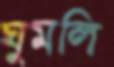
ঘুমলি